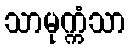
သာမုက္ကံသာ